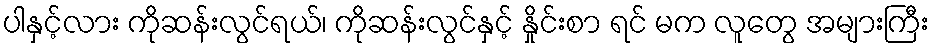
ပါနှင့်လား ကိုဆန်းလွင်ရယ်၊ ကိုဆန်းလွင်နှင့် နှိုင်းစာ ရင် မက လူတွေ အများကြီး